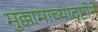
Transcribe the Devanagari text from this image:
मुक्कामाच्यादृष्टीने